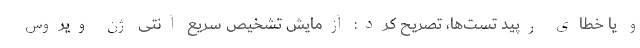
و یا خطای رپید تست‌ها، تصریح کرد: آزمایش تشخیص سریع آنتی ژن ویروس